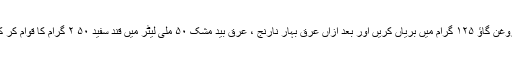
زردیٔ بیضہ مُرغ ۲۰ عدد، روغنِ گاؤ ۱۲۵ گرام میں بریاں کریں اور بعد ازاں عرق بہار نارنج ، عرق بید مشک ۵۰ ملی لیٹر میں قند سفید ۵۰ ۲ گرام کا قوام کر کے زردی بیضہ مُرغ ملائیں۔